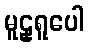
မူဠှရူပေါ